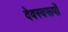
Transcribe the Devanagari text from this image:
देवस्वरूपों